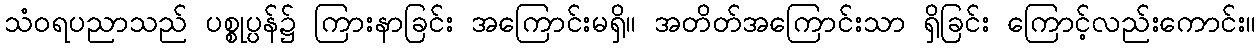
သံဝရပညာသည် ပစ္စုပ္ပန်၌ ကြားနာခြင်း အကြောင်းမရှိ။ အတိတ်အကြောင်းသာ ရှိခြင်း ကြောင့်လည်းကောင်း။